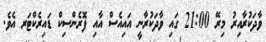
ވާދަކުރާއިރު މިރޭ 21:00 ގައި ވާދަކުރާނީ އައިއެސް އާއި ފޮރެންސިކް ޑައިރެކްޓަރ އެވެ.